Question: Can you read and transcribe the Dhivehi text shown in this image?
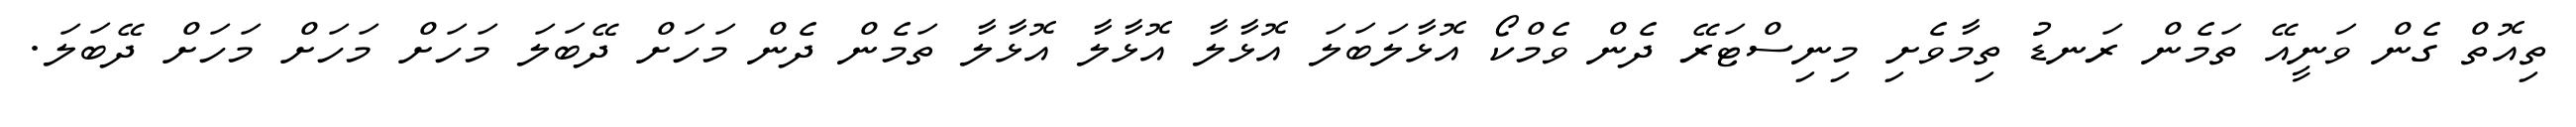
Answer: ތިއޮތް ގެން ވަނީއޭ ތަމެން ރަނޑު ތިމާވެށި މިނިސްޓަރޭ ދެން ވެމްކޯ އޮޅާލަބަލަ އޮޅާލާ އޮޅާލާ އޮޅާލާ ތަމެން ދެން މަހަށް ދޭބަލަ މަހަށް މަހަށް މަހަށް ދޭބަލަ.